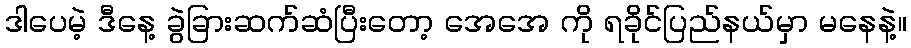
ဒါပေမဲ့ ဒီနေ့ ခွဲခြားဆက်ဆံပြီးတော့ အေအေ ကို ရခိုင်ပြည်နယ်မှာ မနေနဲ့။